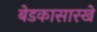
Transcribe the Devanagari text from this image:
बेडकासारखे